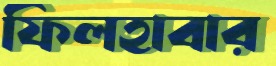
ফিলহাবার